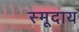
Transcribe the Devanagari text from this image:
स्मूदाय